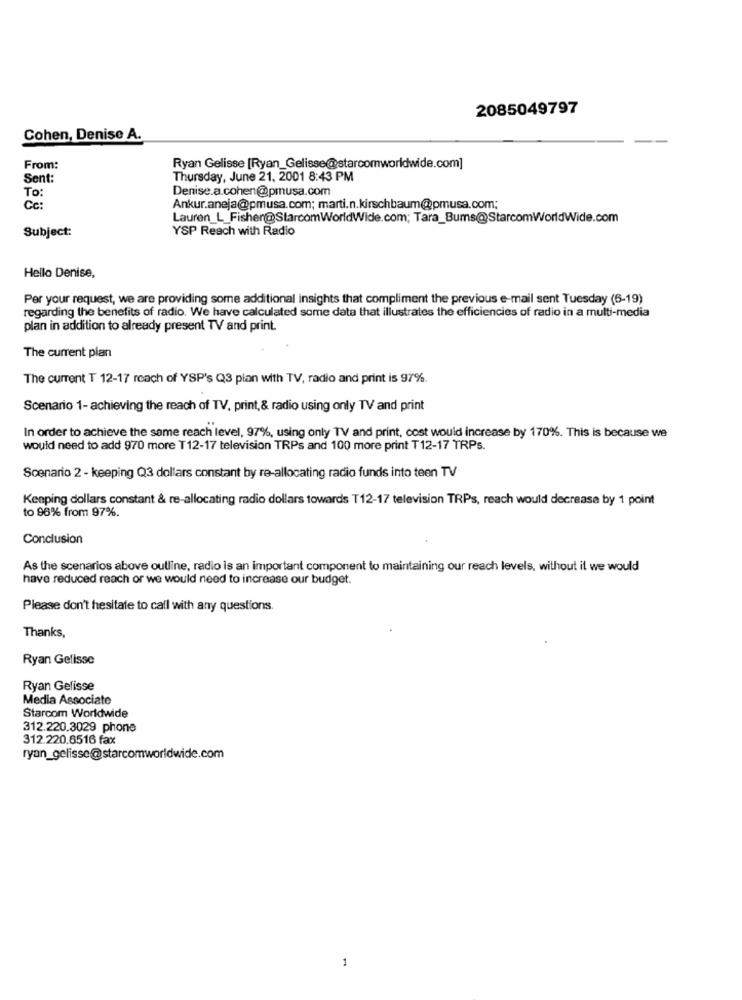
2085049797
Cohen, Denise A.
From:
Ryan Gelisse [Ryan_Gelisse@starcomworldwide.com]
Sent:
Thursday, June 21, 2001 8:43 PM
Denise.a.cohen@pmusa.com
To:
Cc:
Ankur.aneja@pmusa.com; marti.n.kirschbaum@pmusa.com;
Lauren_L_Fisher@StarcomWorldWide.com; Tara_Bums@StarcomWorldWide.com
Subject:
YSP Reach with Radio
Hello Denise,
Per your request, we are providing some additional insights that compliment the previous e-mail sent Tuesday (6-19)
regarding the benefits of radio. We have calculated some data that illustrates the efficiencies of radio in a multi-media
plan in addition to already present TV and print.
The current plan
The current T 12-17 reach of YSP's Q3 plan with TV, radio and print is 97%.
Scenario 1- achieving the reach of TV, print, & radio using only TV and print
In order to achieve the same reach level, 97%, using only TV and print, cost would increase by 170%. This is because we
would need to add 970 more T12-17 television TRPs and 100 more print T12-17 TRPs.
Scenario 2 - keeping Q3 dollars constant by re-allocating radio funds into teen TV
Keeping dollars constant & re-allocating radio dollars towards T12-17 television TRPs, reach would decrease by 1 point
to 96% from 97%.
Conclusion
As the scenarios above outline, radio is an important component to maintaining our reach levels, without it we would
have reduced reach or we would need to increase our budget.
Please don't hesitate to call with any questions.
Thanks,
Ryan Gelisse
Ryan Gefisse
Media Associate
Starcom Worldwide
312.220.3029 phone
312.220.6516 fax
ryan_gelisse@starcomworldwide.com
1